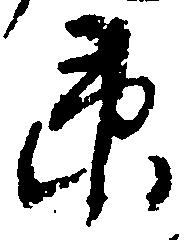
衛